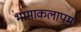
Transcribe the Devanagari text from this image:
भामाकलापम